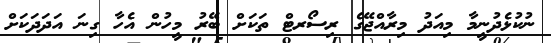
ނުކުޅެދުނީމާ މިއަދު މިރާއްޖޭގެ ރިސޯރޓް ތަކަށް ބޭރު މީހުން އެހާ ގިނަ އަދަދަކަށް